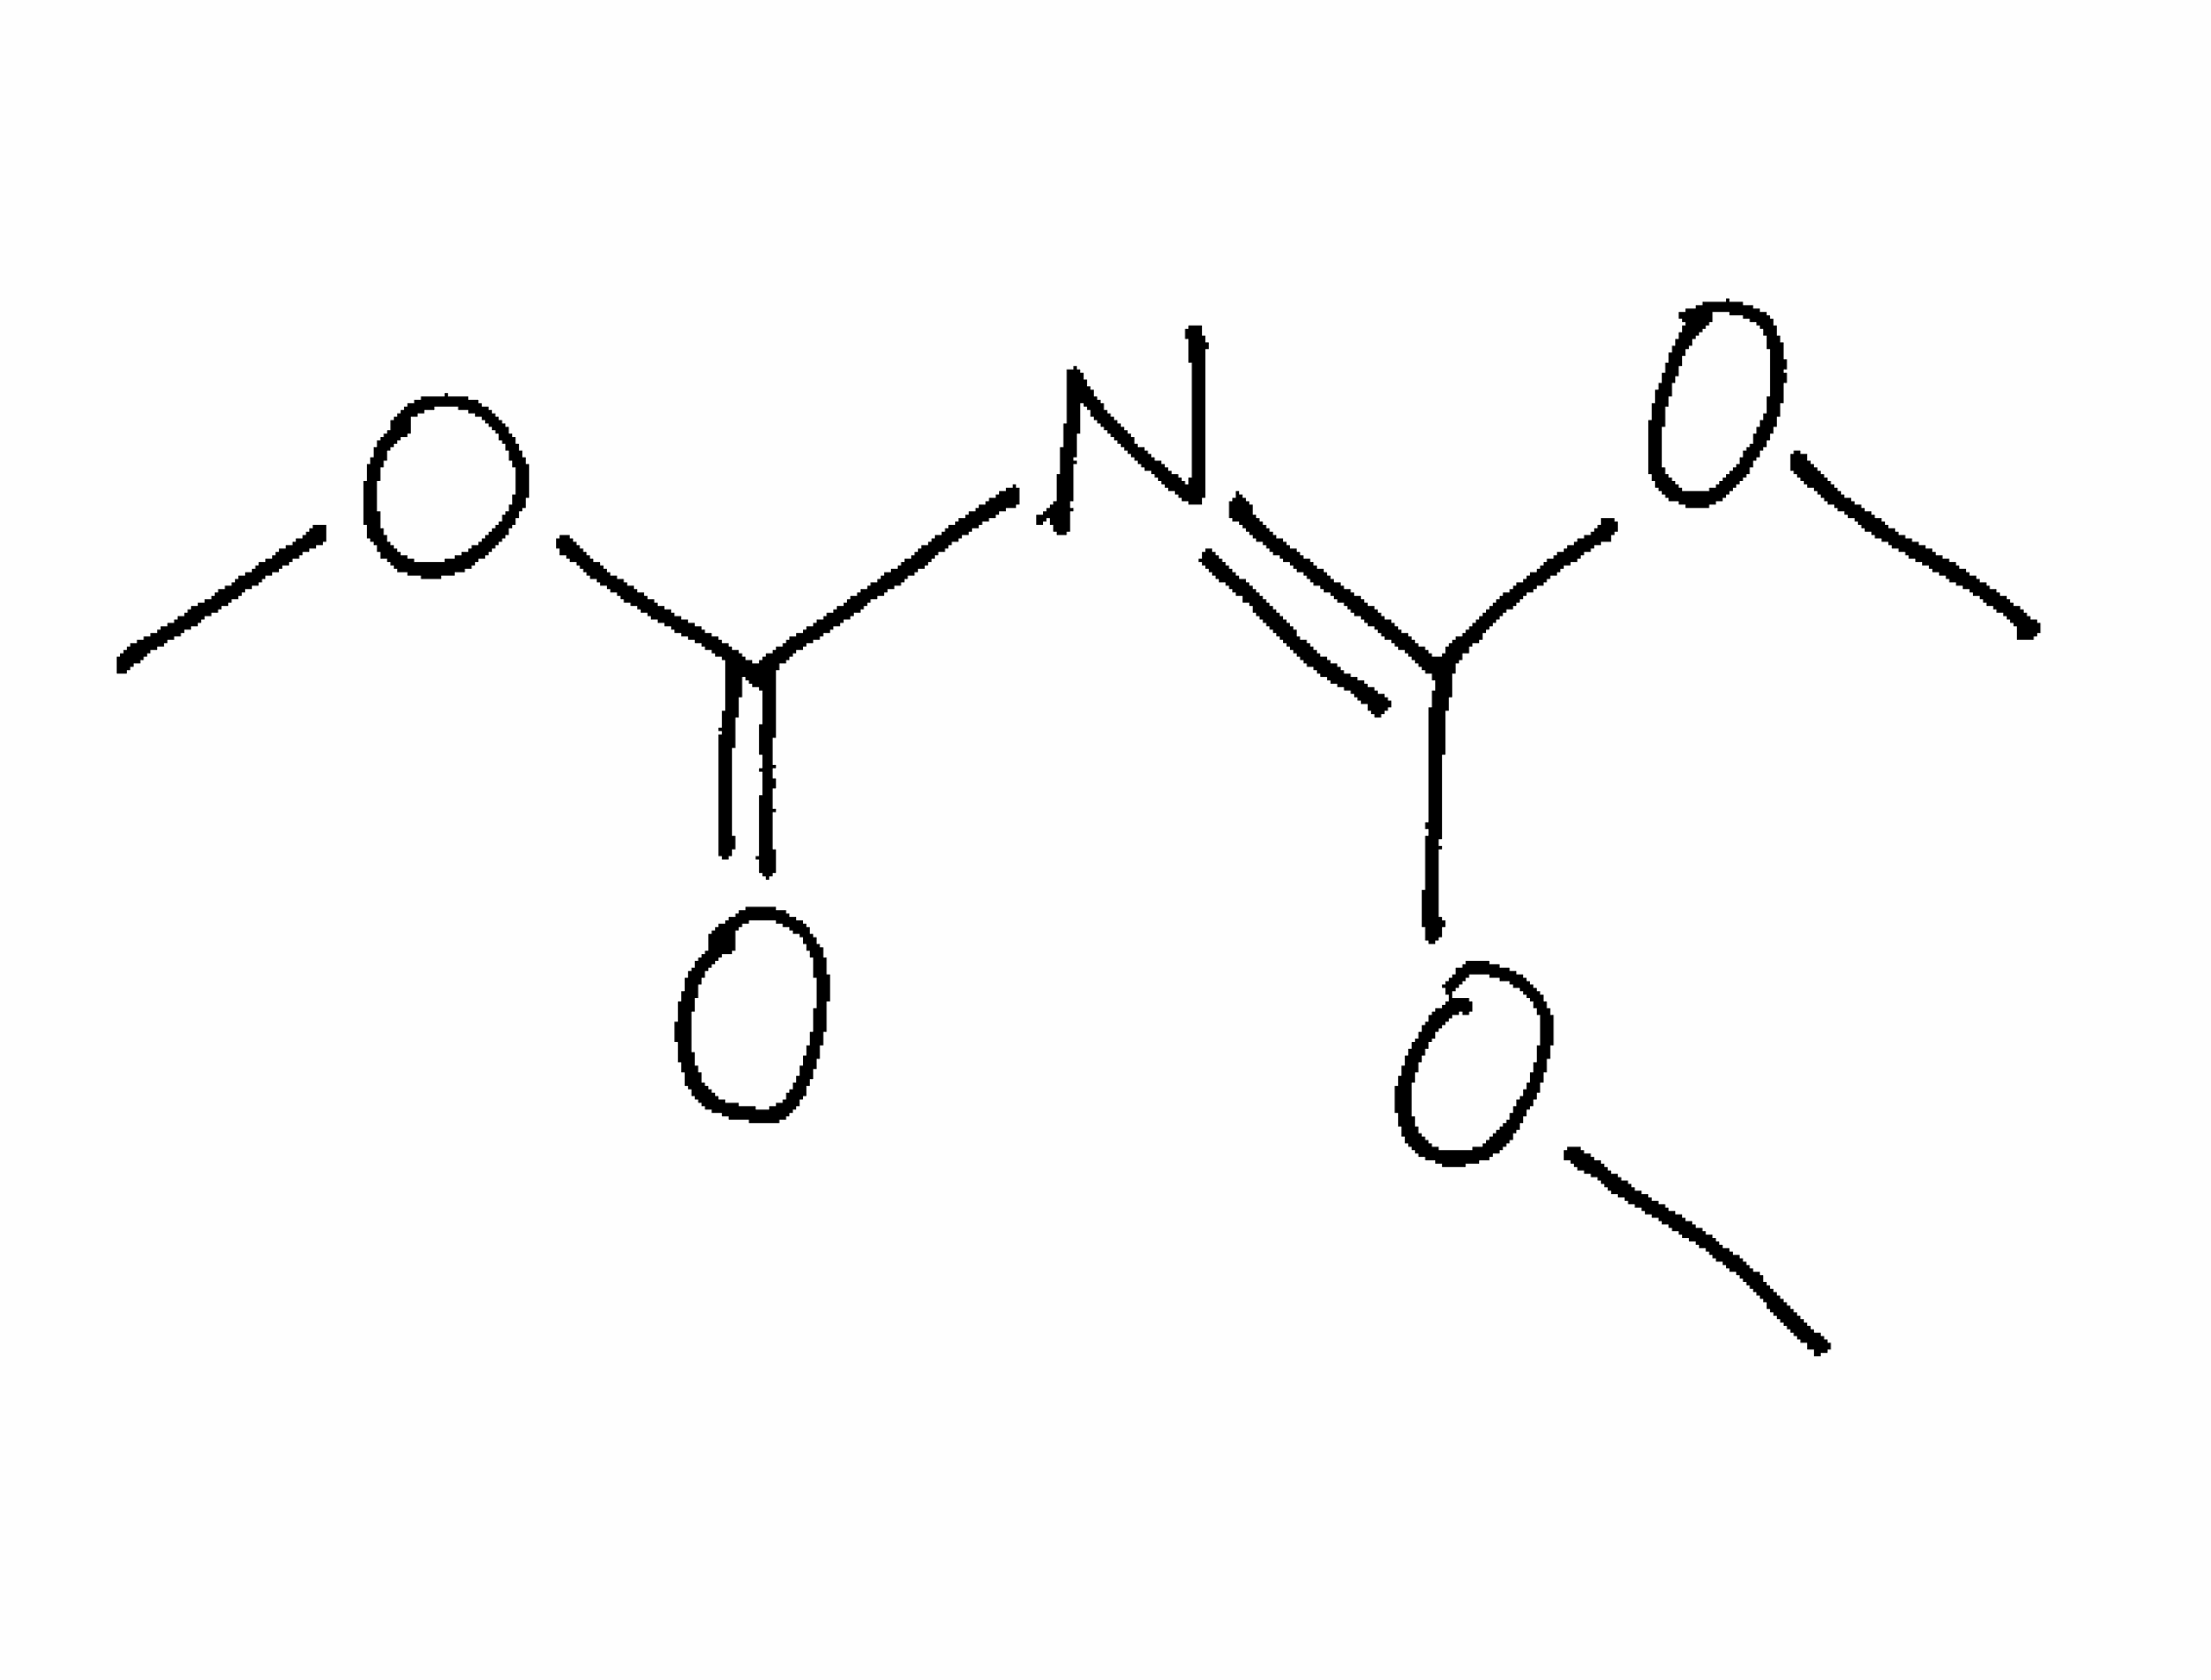
Simplified molecular-input line-entry system (SMILES) notation of the given molecule:
COC(=NC(=O)OC)OC